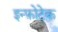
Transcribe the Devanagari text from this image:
इन्फ़ोटेक